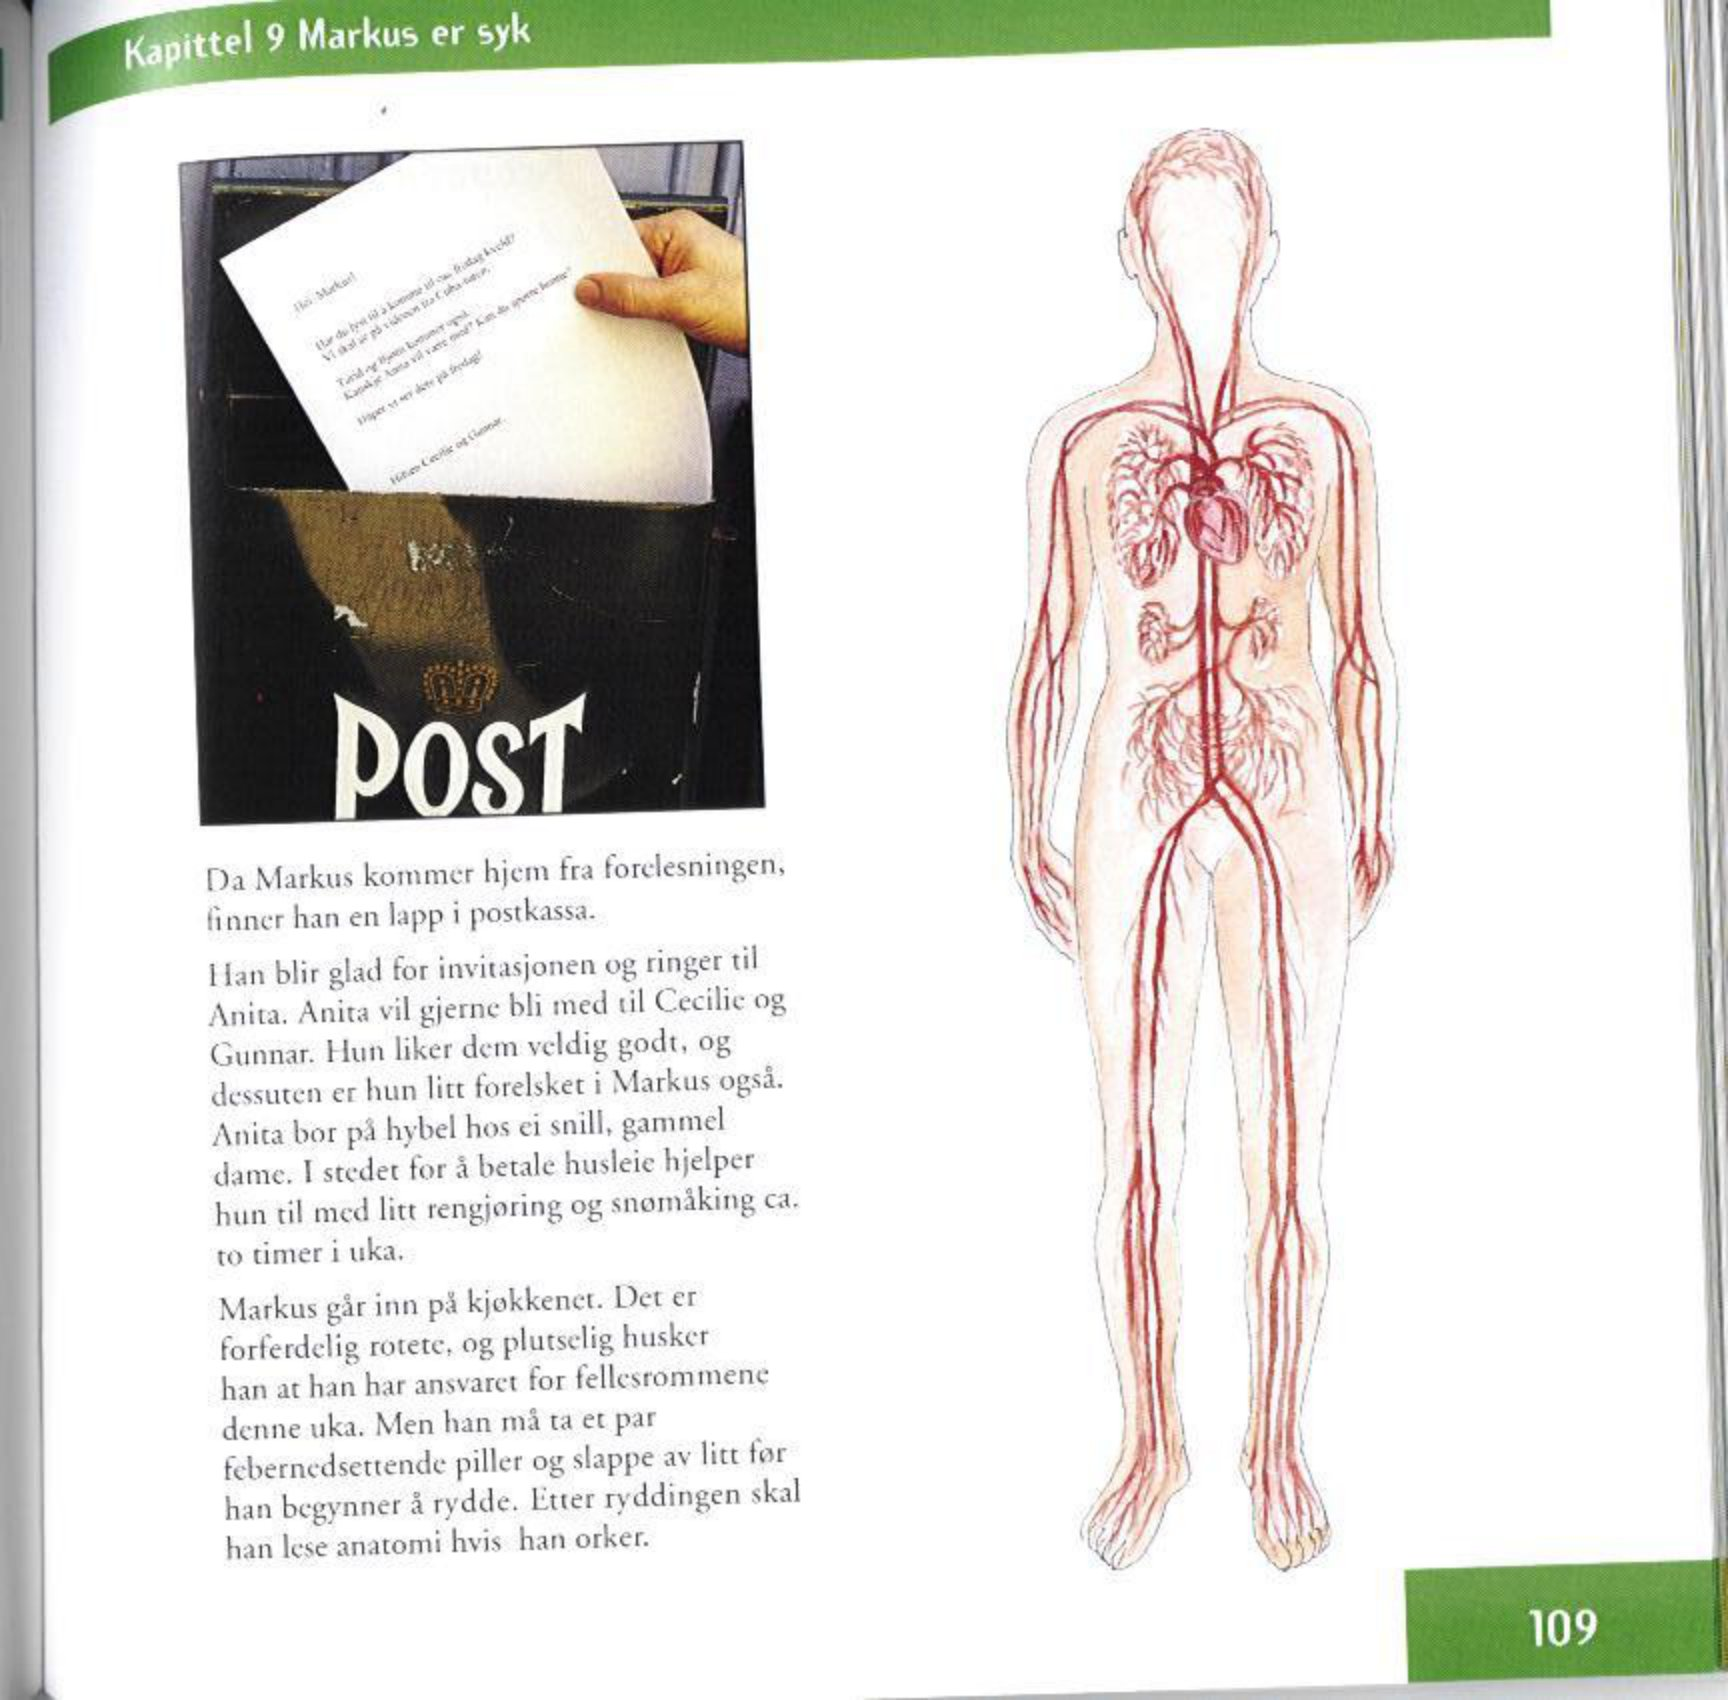
Language: no